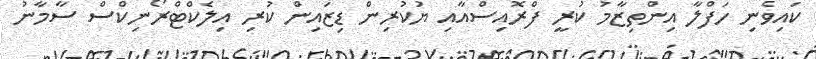
ކައިވެނި ހަފްލާ އިންތިޒާމު ކުރީ ފްރޮއިސްއާއި ޔުކުރިން ޑިޒައިން ކުރި އިލެކްޓްރޯނިކްސް ސާމާނު